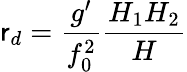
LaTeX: \mathsf{r}_{d}=\frac{{g^{\prime}}}{{f_{0}^{2}}}\frac{{H_{1}H_{2}}}{{H}}